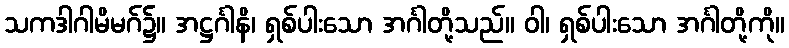
သကဒါဂါမိမဂ်၌။ အဋ္ဌင်္ဂါနိ၊ ရှစ်ပါးသော အင်္ဂါတို့သည်။ ဝါ၊ ရှစ်ပါးသော အင်္ဂါတို့ကို။